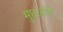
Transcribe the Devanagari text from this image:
मुघलांचे